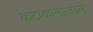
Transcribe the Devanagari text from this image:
केटोकोनाज़ोले